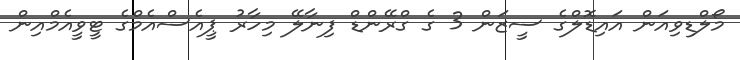
މޯލްޑިވިއަން އައިޑޮލްގެ ސީޒަން 3 ގެ ގްރޭންޑް ފިނާލޭ މިހާރު ޕީއެސްއެމްގެ ޓީވީއެމްއިން